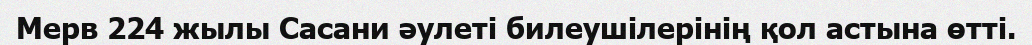
Мерв 224 жылы Сасани әулеті билеушілерінің қол астына өтті.